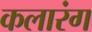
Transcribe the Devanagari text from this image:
कलारंग